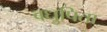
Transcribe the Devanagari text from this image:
वधुपिता